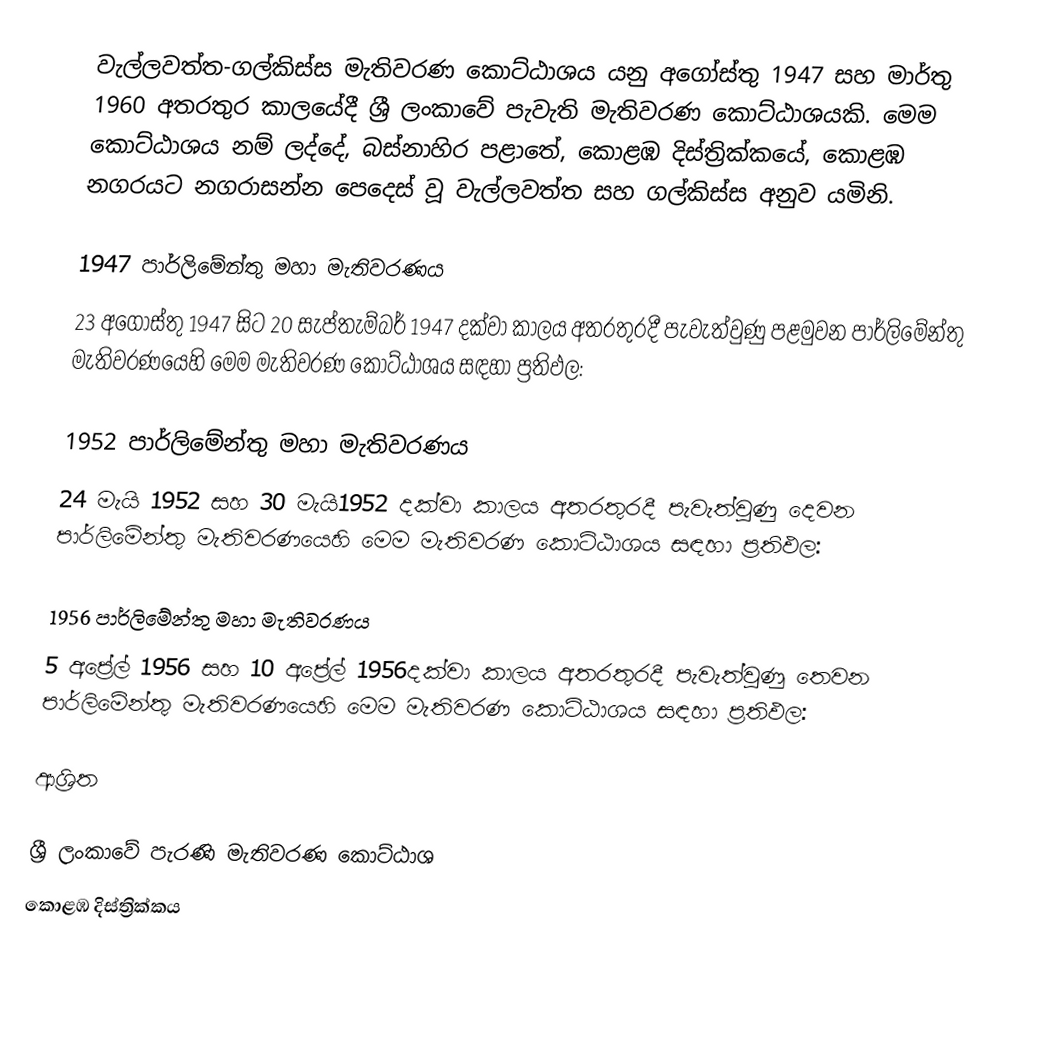
වැල්ලවත්ත-ගල්කිස්ස මැතිවරණ කොට්ඨාශය යනු  අගෝස්තු 1947 සහ මාර්තු 1960 අතරතුර කාලයේදී ශ්‍රී ලංකාවේ පැවැති  මැතිවරණ කොට්ඨාශයකි. මෙම කොට්ඨාශය නම් ලද්දේ, බස්නාහිර පළාතේ,  කොළඹ දිස්ත්‍රික්කයේ, කොළඹ නගරයට නගරාසන්න පෙදෙස් වූ වැල්ලවත්ත සහ ගල්කිස්ස අනුව යමිනි.

1947 පාර්ලිමේන්තු මහා මැතිවරණය
23 අගෝස්තු 1947 සිට 20 සැප්තැම්බර් 1947 දක්වා කාලය අතරතුරදී පැවැත්වුණු   පළමුවන පාර්ලිමේන්තු මැතිවරණයෙහි මෙම මැතිවරණ කොට්ඨාශය සඳහා ප්‍රතිඵල:

1952 පාර්ලිමේන්තු මහා මැතිවරණය
24 මැයි 1952 සහ 30 මැයි1952 දක්වා කාලය අතරතුරදී පැවැත්වුණු   දෙවන පාර්ලිමේන්තු මැතිවරණයෙහි මෙම මැතිවරණ කොට්ඨාශය සඳහා ප්‍රතිඵල:

1956 පාර්ලිමේන්තු මහා මැතිවරණය
5 අප්‍රේල් 1956 සහ 10 අප්‍රේල් 1956දක්වා කාලය අතරතුරදී පැවැත්වුණු   තෙවන පාර්ලිමේන්තු මැතිවරණයෙහි මෙම මැතිවරණ කොට්ඨාශය සඳහා ප්‍රතිඵල:

ආශ්‍රිත

 ශ්‍රී ලංකාවේ පැරණි මැතිවරණ කොට්ඨාශ
කොළඹ දිස්ත්‍රික්කය